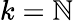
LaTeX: k=\mathbb{N}